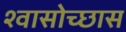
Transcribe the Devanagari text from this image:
श्वासोच्छास